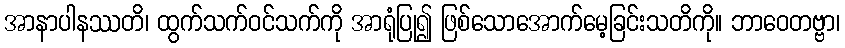
အာနာပါနဿတိ၊ ထွက်သက်ဝင်သက်ကို အာရုံပြု၍ ဖြစ်သောအောက်မေ့ခြင်းသတိကို။ ဘာဝေတဗ္ဗာ၊